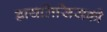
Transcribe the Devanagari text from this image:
डायलिसिसकी